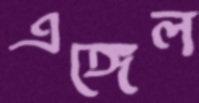
এঙ্গেল